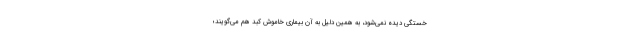
خستگی دیده نمی‌شود، به همین دلیل به آن بیماری خاموش کبد هم می‌گویند؛